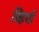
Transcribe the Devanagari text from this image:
व्हियों